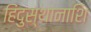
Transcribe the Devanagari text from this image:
हिंदुस्थानाशि